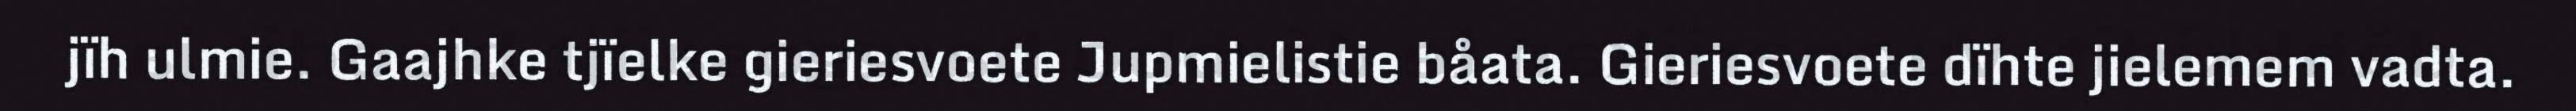
jïh ulmie. Gaajhke tjïelke gieriesvoete Jupmielistie båata. Gieriesvoete dïhte jielemem vadta.